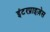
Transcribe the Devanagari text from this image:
इंटरप्राइज़ेस